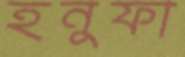
হনুফা